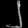
Digit: ၂